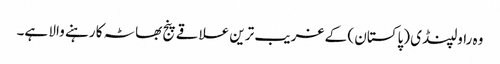
وہ راولپنڈی (پاکستان ) کے غریب ترین علاقے پنج بھاٹہ کا رہنے والا ہے۔